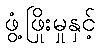
ဖွံ့ဖြိုးမှုနှင့်